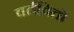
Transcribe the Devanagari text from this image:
वर्तवितो